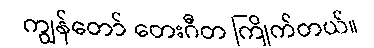
ကျွန်တော် တေးဂီတ ကြိုက်တယ်။